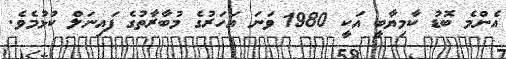
އެންމެ ބޮޑު ކާމިޔާބީ އަކީ 1980 ވަނަ އަހަރުގެ މުބާރާތުގެ ފައިނަލް ކުޅުމެވެ.